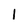
Character: 1